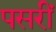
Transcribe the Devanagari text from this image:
पसरीं